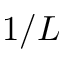
1 / L